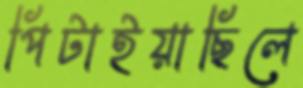
পিটাইয়াছিলে